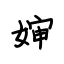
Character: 婶